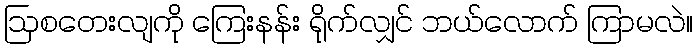
ဩစတေးလျကို ကြေးနန်း ရိုက်လျှင် ဘယ်လောက် ကြာမလဲ။